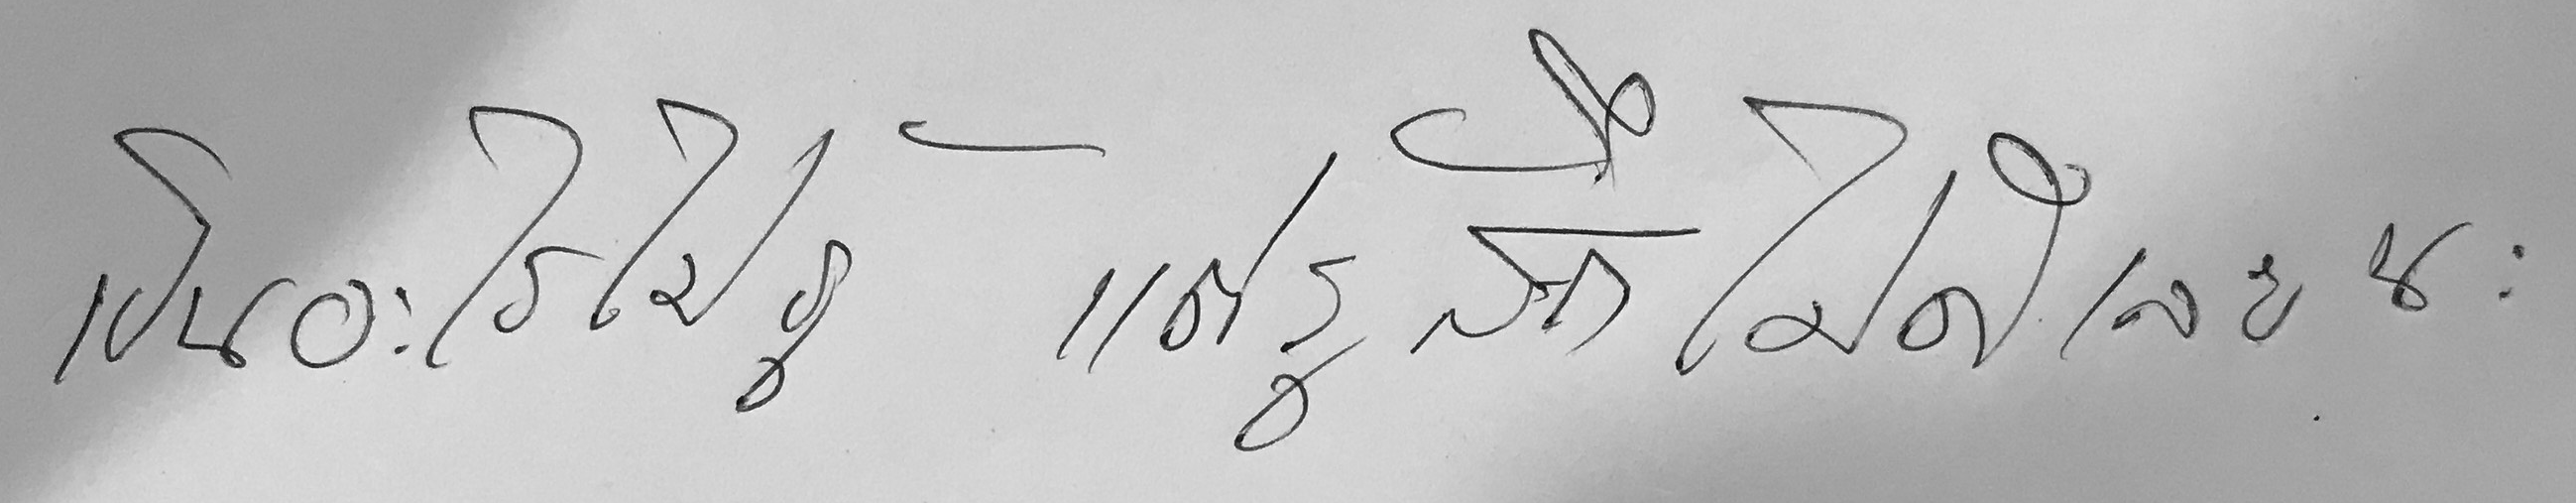
เป็นอะไรไม่รู้ แต่รู้สึกไม่ดีเลยนะ